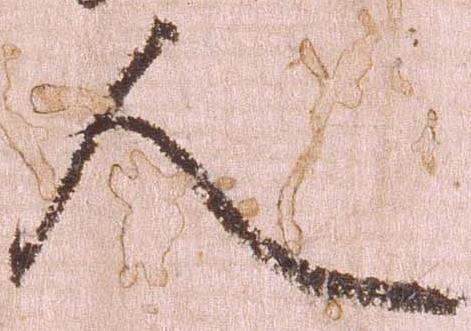
人